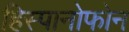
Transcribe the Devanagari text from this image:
हिस्पानोफोन